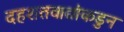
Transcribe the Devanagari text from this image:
दहशतवाद्यांकडुन